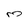
Character: m